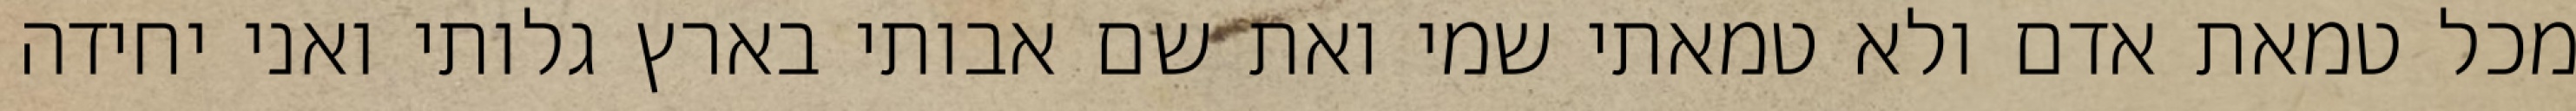
מכל טמאת אדם ולא טמאתי שמי ואת שם אבותי בארץ גלותי ואני יחידה